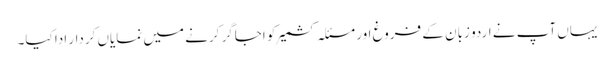
یہاں آپ نے اردو زبان کے فروغ اور مسئلہ کشمیر کو اجاگر کرنے میں نمایاں کردار ادا کیا۔